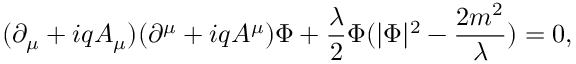
( \partial _ { \mu } + i q A _ { \mu } ) ( \partial ^ { \mu } + i q A ^ { \mu } ) \Phi + { \frac { \lambda } { 2 } } \Phi ( | \Phi | ^ { 2 } - { \frac { 2 m ^ { 2 } } { \lambda } } ) = 0 ,